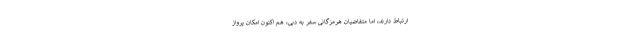
ارتباط دارند، اما متقاضیان هرمزگانی سفر به دبی، هم اکنون امکان پرواز